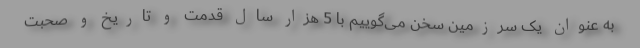
به عنوان یک سرزمین سخن می‌گوییم با 5 هزار سال قدمت و تاریخ و صحبت